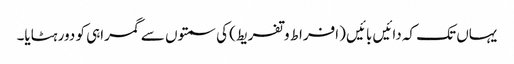
یہاں تک کہ دائیں بائیں (افراط وتفریط) کی سمتوں سے گمراہی کو دور ہٹایا۔